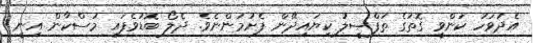
އެދުވަހު ކަންވީ ގޮތުގެ ތަފްޞީލު ކިޔައިދޭން ފެށުމުންނެވެ. ދެލޯ ބޮޑުވެފައި މުސްކާން އިނީ